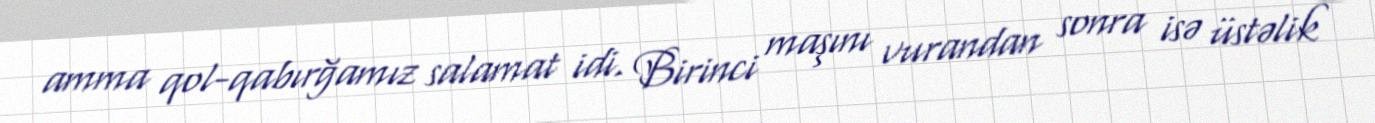
amma qol-qabırğamız salamat idi. Birinci maşını vurandan sonra isə üstəlik